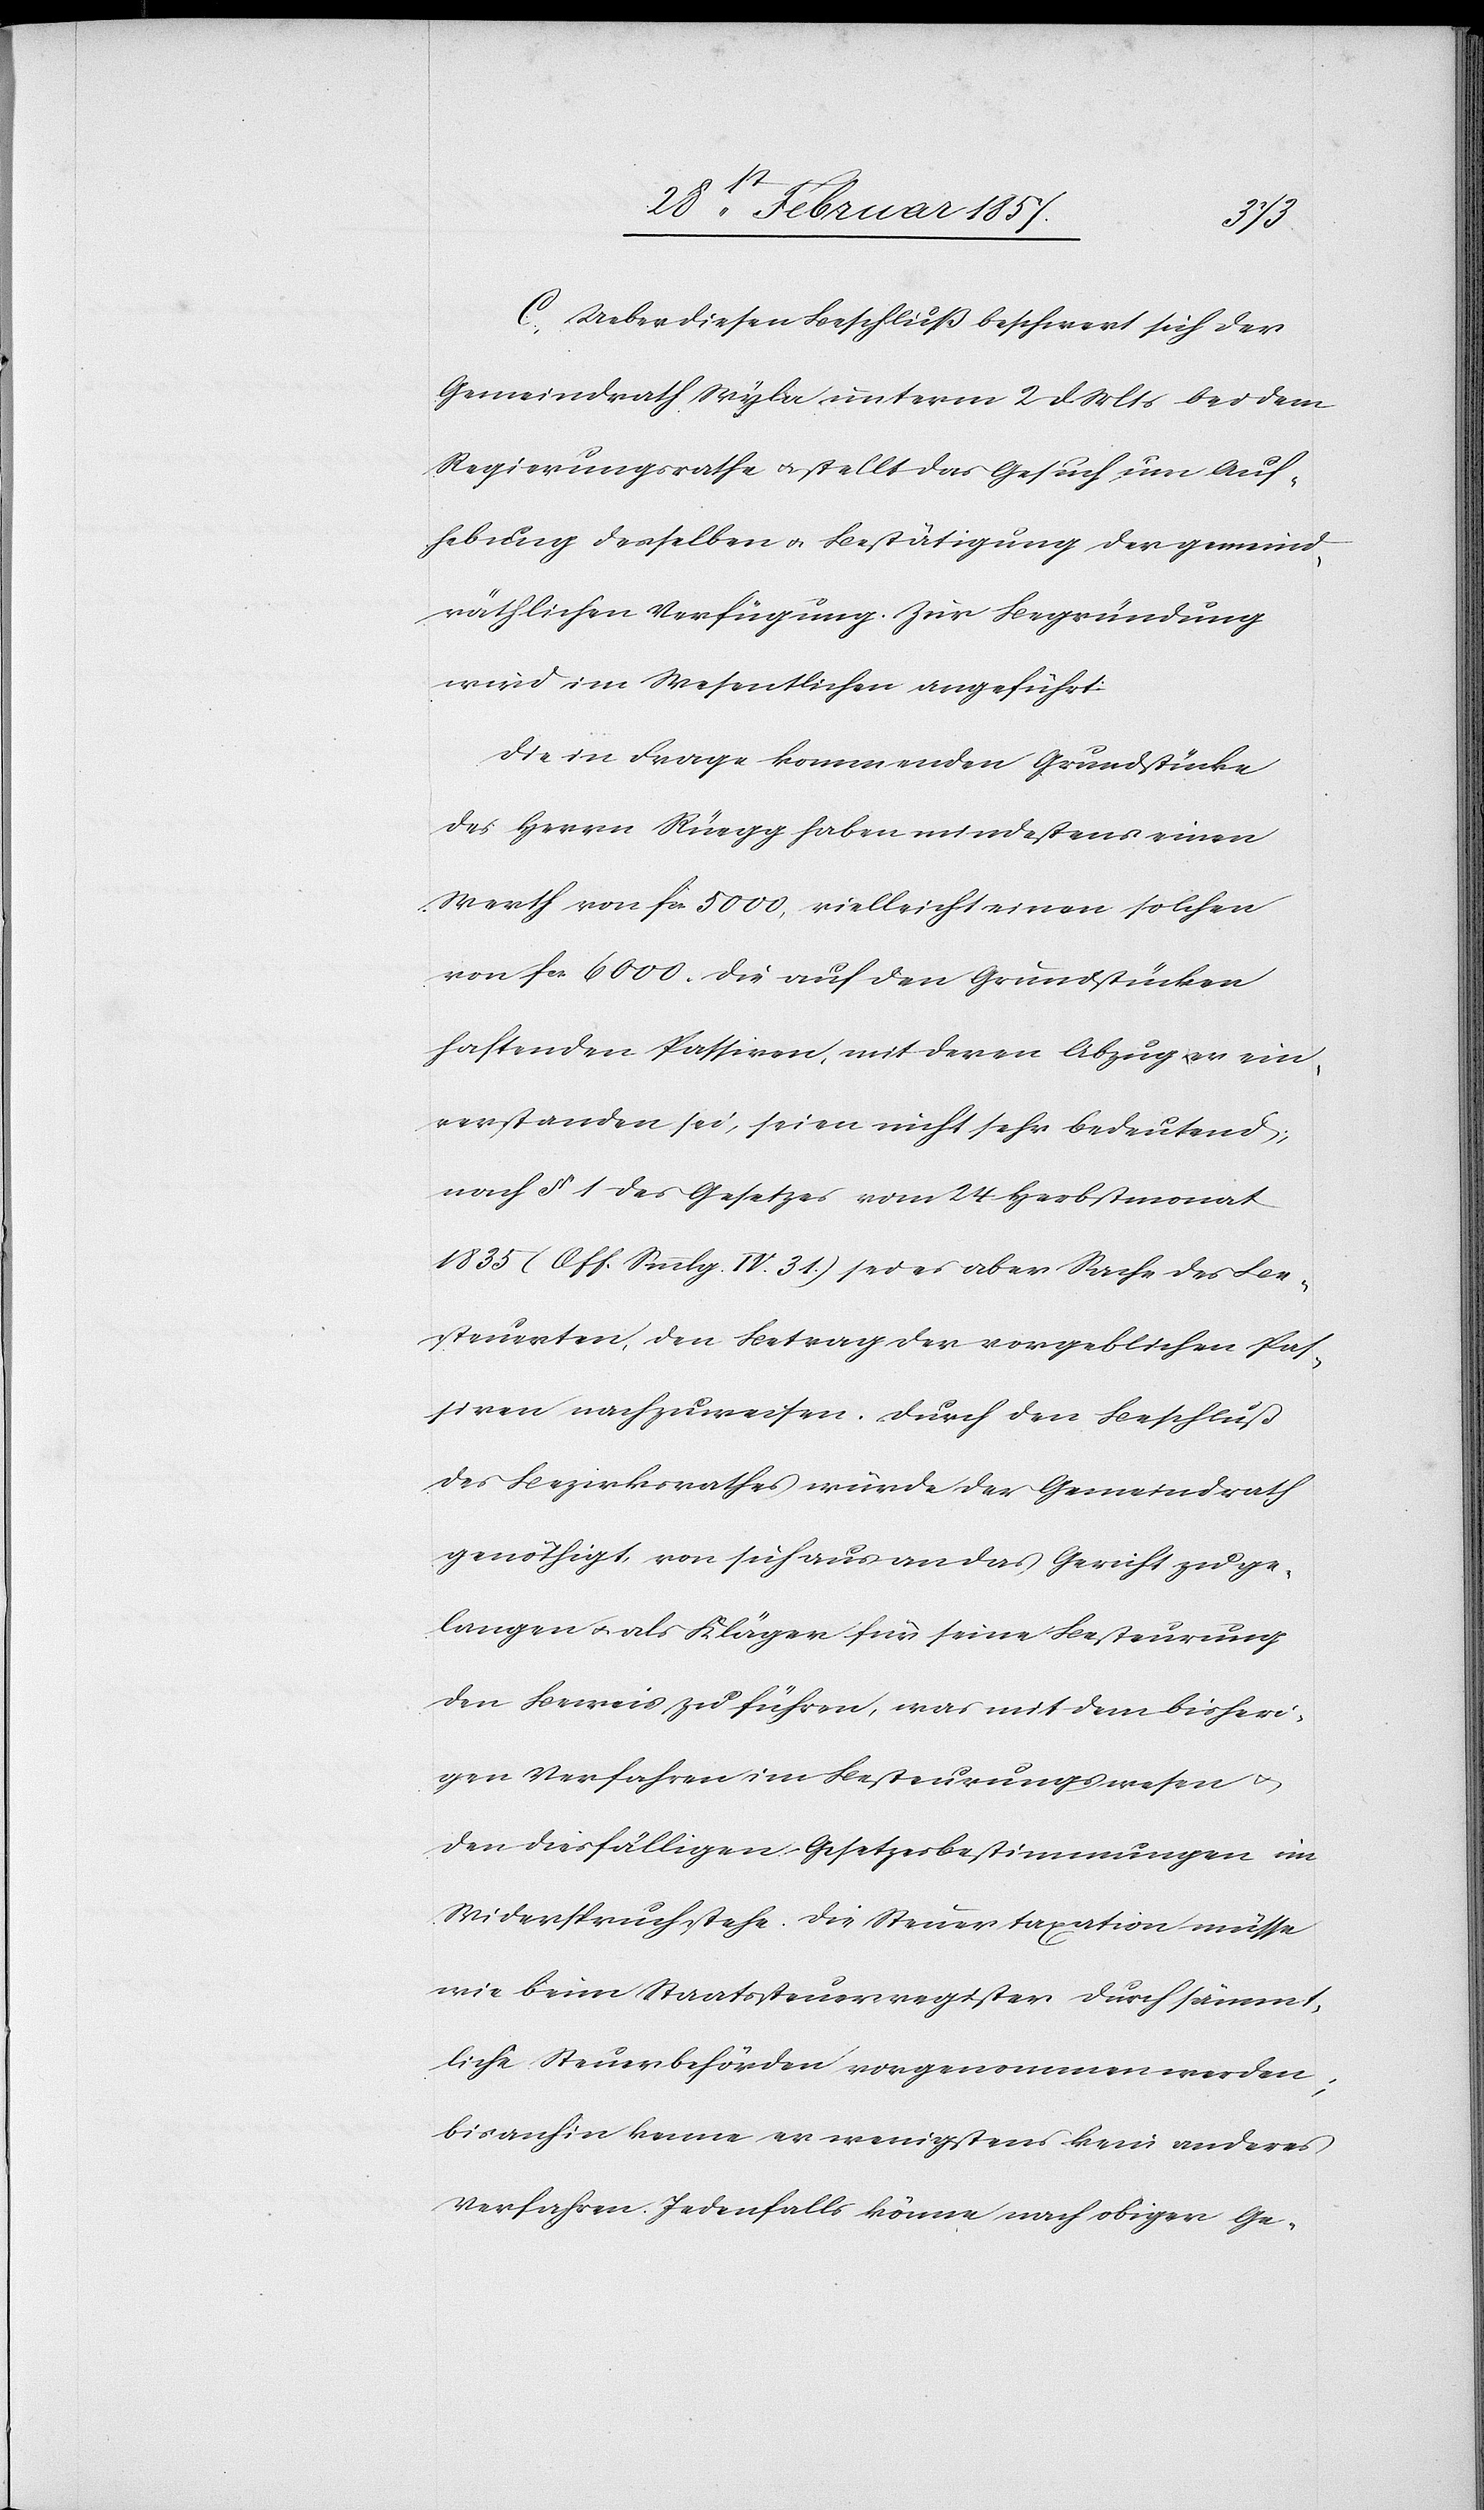
C. Ueber diesen Beschluß beschwert sich der
Gemeindrath Wyla unterm 2 d. Mts bei dem
Regierungsrathe u. stellt das Gesuch um Auf¬
hebung desselben u. Bestätigung der gemeind¬
räthlichen Verfügung. Zur Begründung
wird im Wesentlichen angeführt:
Die in Frage kommenden Grundstücke
des Herrn Rüegg haben mindestens einen
Werth von fr. 5000, vielleicht einen solchen
von fr. 6000. Die auf den Grundstücken
haftenden Passiven, mit deren Abzug er ein¬
verstanden sei, seien nicht sehr bedeutend,
nach § 1 des Gesetzes vom 24 Herbstmonat
1835 (Off. Smmlg. IV: 31.) sei es aber Sache des Be¬
steuerten, den Betrag der vorgeblichen Pas¬
siven nachzuweisen. Durch den Beschluß
des Bezirksrathes würde der Gemeindrath
genöthigt, von sich aus an das Gericht zu ge¬
langen u. als Kläger für seine Besteurung
den Beweis zu führen, was mit dem bisheri¬
gen Verfahren im Besteuerungswesen u.
den diesfälligen Gesetzesbestimmungen im
Widerspruch stehe. Die Steuertaxation müsse
wie beim Staatssteuerregister durch sämmt¬
liche Steuerbehörden vorgenommen werden;
bisanhin kenne er wenigstens kein anderes
Verfahren. Jedenfalls könne nach obiger Ge-